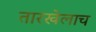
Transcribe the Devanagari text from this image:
तारखेलाच